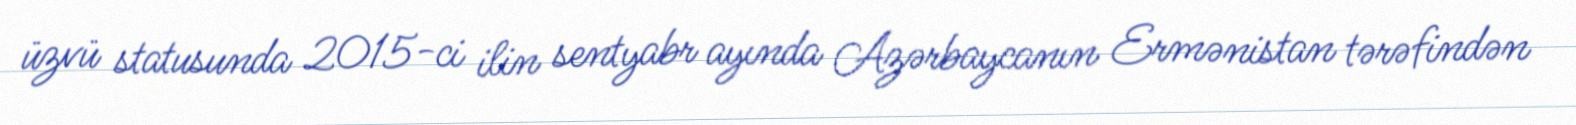
üzvü statusunda 2015-ci ilin sentyabr ayında Azərbaycanın Ermənistan tərəfindən